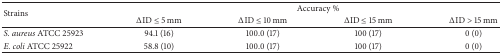
| <ROWSPAN=2> Strains | <COLSPAN=4> Accuracy % |
 | ΔID ≤ 5 mm | ΔID ≤ 10 mm | ΔID ≤ 15 mm | ΔID > 15 mm |
 | --- | --- | --- | --- | --- |
 | S. aureus ATCC 25923 | 94.1 (16) | 100.0 (17) | 100 (17) | 0 (0) |
 | E. coli ATCC 25922 | 58.8 (10) | 100.0 (17) | 100 (17) | 0 (0) |